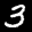
Label: 3